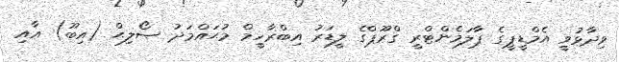
ވިދާޅުވީ އެމްޑީޕީގެ ޕާލަމެންޓްރީ ގްރޫޕްގެ ލީޑަރު އިބްރާހީމް މުޙައްމަދު ޞޯލިޙް (އިބޫ) އާއި